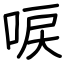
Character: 唳